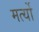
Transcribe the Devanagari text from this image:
मर्त्यो